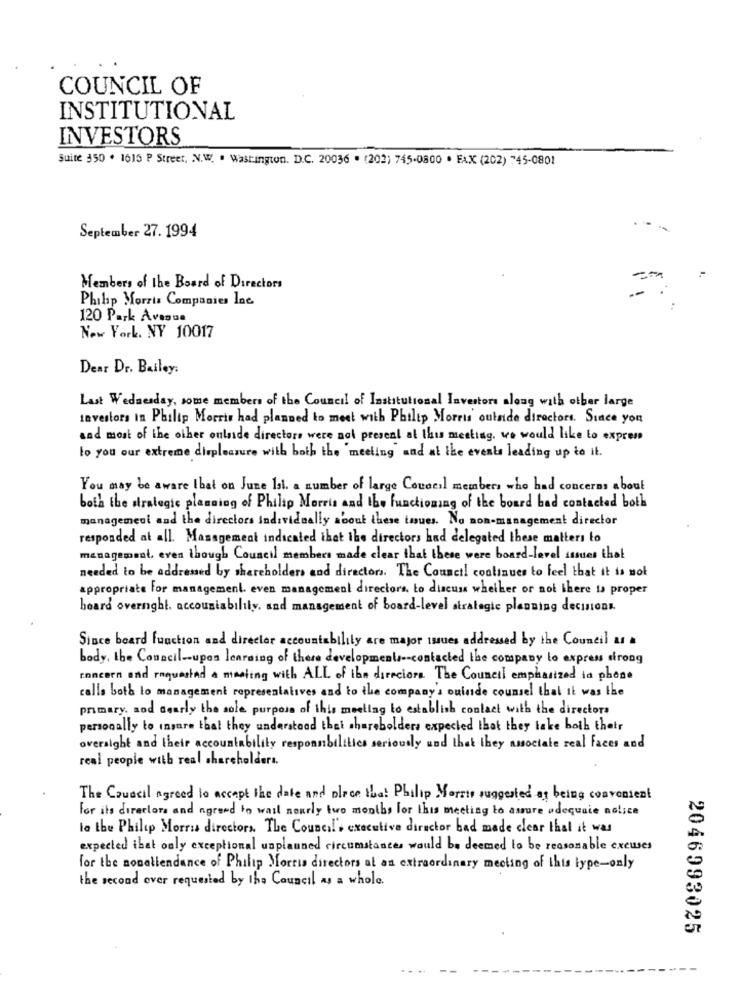
COUNCIL OF
INSTITUTIONAL
INVESTORS
Suite 350 . 1615 P Street, N.W. . Washington. D.C. 20036 . (202) 745-0800 · FAX (202) 745-0801
September 27. 1994
Members of the Board of Directors
Philip Morris Companies Inc
120 Park Avenue
New York, NY 10017
Dear Dr. Bailey:
Last Wednesday, some members of the Council of Institutional Investors along with other large
investors in Philip Morris had planned to meet with Philip Morris outside directors. Since you
and most of the other onluide directors were not present at this meeting, we would like to express
to you our extreme displeasure with both the 'meeting" and at the events leading up to it.
You may be aware that on June Ist. a number of large Council members who had concerns about
both the strategic planning of Philip Morris and the functioning of the board bad contacted both
management and the directors individually about these tuues. No non-management director
responded at all. Management indicated that the directors had delegated these matters to
management. even though Council members made clear that these were board-level issues that
needed to be addressed by shareholders and directors. The Council continues to feel that it is not
appropriate For management. even management directors. to discuss whether or not there is proper
heard overnight. accountability, and management of board-level strategic planning decisions.
Since board function and director accountability are major tues addressed by the Council ar a
body, the Council -- upes learning of there developments -- contacted the company to express strong
concern and requested a meeting with ALL of ibn direciona The Council emphasized in phone
calls both lo management representatives and to the company's ouinde counsel that it was the
primary, and aearly the sole purpose of this meeting to establish contact with the directors
personally to insure that they understood that shareholders expected that they take both their
oversight and their accountability responsibilities seriously and that they associate real faces and
real people with real shareholders.
The Council agreed to accept the date and place that Philip Morris suggested as being convenient
for its directors and agreed to wait nearly two months for this meeting to amore adequate notice
le the Philip Morris directors. The Council's executive director bad made clear that it was
expected that only exceptional unplanned circumstances would be deemed to be reasonable excuses
for the nonallendance of Philip Morris directors at an extraordinary meeting of this type-only
the second ever requested by the Council as a whole.
2046993025